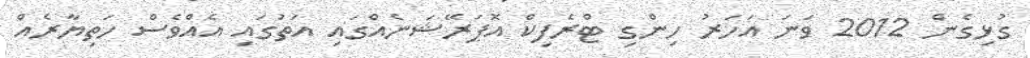
ގުޅިގެން 2012 ވަނަ އަހަރު ހިންގި ޓްރެފިކް އޮޕަރޭޝަނެއްގައި އަތުގައި އެއްވެސް ހަތިޔާރެއް